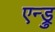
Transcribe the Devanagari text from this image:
एन्ड्रु